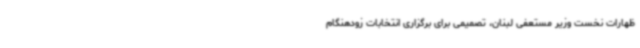
ظهارات نخست وزیر مستعفی لبنان‌، تصمیمی برای برگزاری انتخابات زودهنگام